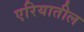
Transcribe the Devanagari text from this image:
एरियातील